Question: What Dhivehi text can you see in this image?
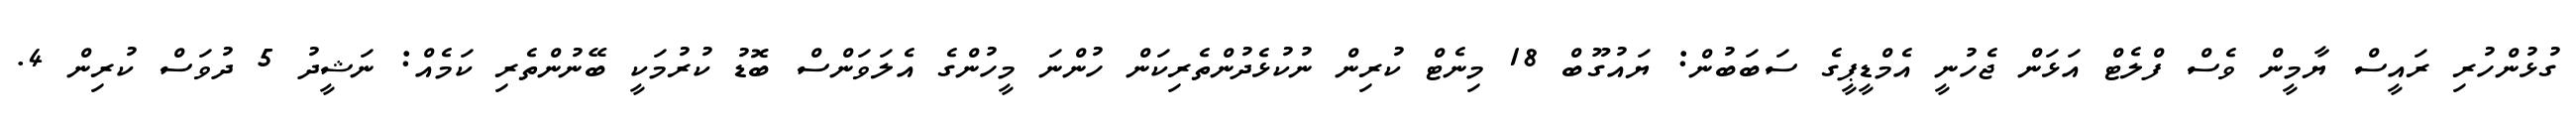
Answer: ގުޅުންހުރި ރައީސް ޔާމީން ވެސް ފްލެޓް އަޅަން ޖެހުނީ އެމްޑީޕީގެ ސަބަބުން: ޔައުގޫބް 18 މިނެޓް ކުރިން ނުކުޅެދުންތެރިކަން ހުންނަ މީހުންގެ އެލަވަންސް ބޮޑު ކުރުމަކީ ބޭނުންތެރި ކަމެއް: ނަޝީދު 5 ދުވަސް ކުރިން 4.